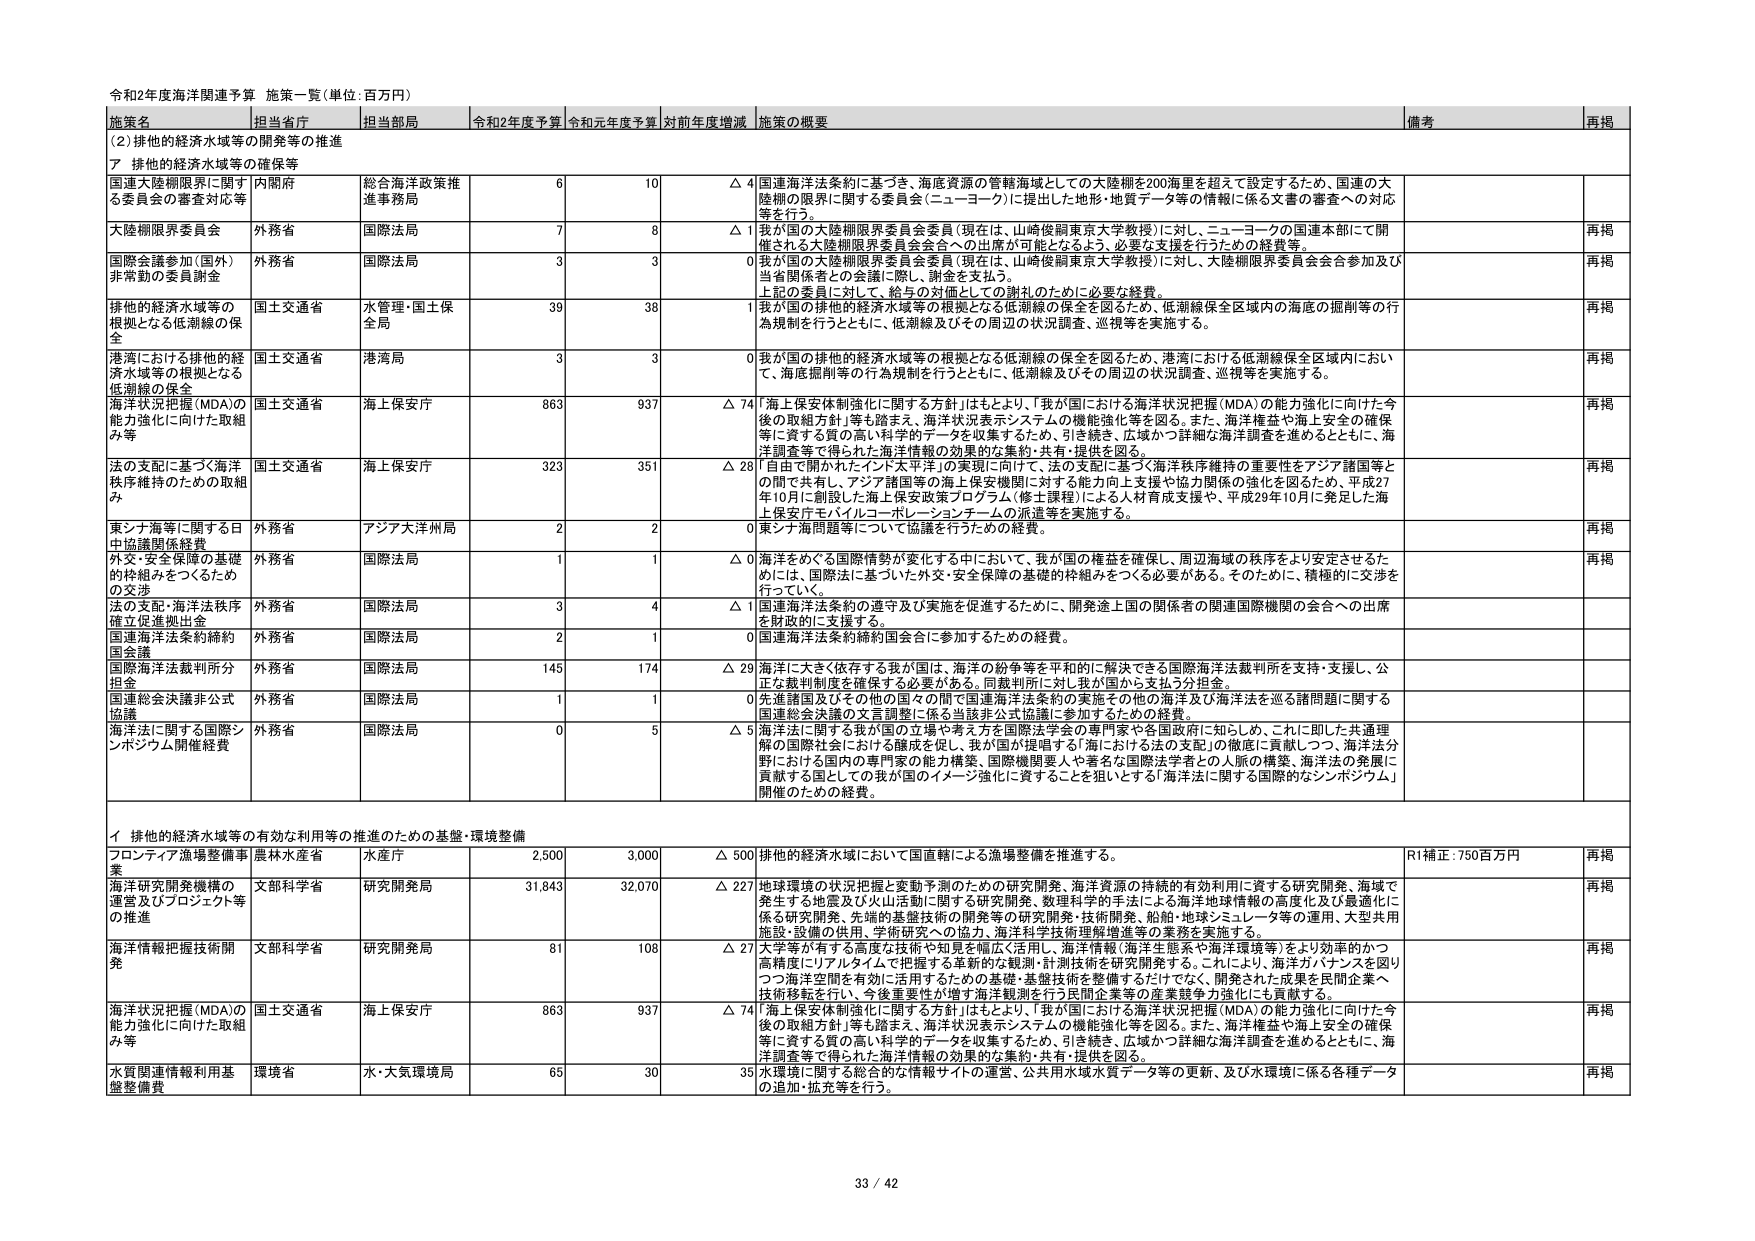
令和2年度海洋関連予算 施策一覧（単位：百万円）

施策名 担当省庁 担当部局 令和2年度予算 令和元年度予算 対前年度増減 施策の概要 備考 再掲

(2) 排他的経済水域等の開発等の推進

ア 排他的経済水域等の確保等

国連大陸棚限界に関する委員会の審査対応等 内閣府 総合海洋政策推進事務局 6 10 △ 4 国連海洋法条約に基づき、海底資源の管轄海域としての大陸棚を200海里を超えて設定するため、国連の大陸棚の限界に関する委員会（ニューヨーク）に提出した地形・地質データ等の情報に係る文書の審査への対応等を行う。

大陸棚限界委員会 外務省 国際法局 7 8 △ 1 「我が国の大陸棚限界委員会委員（現在は、山崎俊嗣東京大学教授）に対し、ニューヨークの国連本部にて開催される大陸棚限界委員会全会への出席が可能となるよう、必要な支援を行うための経費等。

国際会議参加（国外）非常勤の委員謝金 外務省 国際法局 3 3 0 我が国の大陸棚限界委員会委員（現在は、山崎俊嗣東京大学教授）に対し、大陸棚限界委員会全会参加及び当省関係者との会議に際し、謝金を支払う。 上記の委員に対して、給与の対価としての謝礼のために必要な経費。

排他的経済水域等の根拠となる低潮線の保全 国土交通省 水管理・国土保全局 39 38 1 我が国の排他的経済水域等の根拠となる低潮線の保全を図るため、低潮線保全区域内の海底の掘削等の行為規制を行うとともに、低潮線及びその周辺の状況調査、巡視等を実施する。

港湾における排他的経済水域等の根拠となる低潮線の保全 国土交通省 港湾局 3 3 0 我が国の排他的経済水域等の根拠となる低潮線の保全を図るため、港湾における低潮線保全区域内において、海底掘削等の行為規制を行うとともに、低潮線及びその周辺の状況調査、巡視等を実施する。

海洋状況把握（MDA）の能力強化に向けた取組み等 国土交通省 海上保安庁 863 937 △ 74 「海上保安体制強化に関する方針」はもとより、「我が国における海洋状況把握（MDA）の能力強化に向けた今後の取組方針」等も踏まえ、海洋状況表示システムの機能強化等を図る。また、海洋権益や海上安全の確保等に資する質の高い科学的データを収集するため、引き続き、広域かつ詳細な海洋調査を進めるとともに、海洋調査等で得られた海洋情報の効果的な集約・共有・提供を図る。

法の支配に基づく海洋秩序維持のための取組み 国土交通省 海上保安庁 323 351 △ 28 「自由で開かれたインド太平洋」の実現に向けて、法の支配に基づく海洋秩序維持の重要性をアジア諸国等との間で共有し、アジア諸国等の海上保安機関に対する能力向上支援や協力関係の強化を図るため、平成27年10月に創設した海上保安政策プログラム（修士課程）による人材育成支援や、平成29年10月に発足した海上保安庁モバイルコーポレーションチームの派遣等を実施する。

東シナ海等に関する日中協議関係経費 外務省 アジア大洋州局 2 2 0 東シナ海問題等について協議を行うための経費。

外交・安全保障の基礎的枠組みをつくるための交渉 外務省 国際法局 1 1 △ 0 海洋をめぐる国際情勢が変化する中において、我が国の権益を確保し、周辺海域の秩序をより安定させるためには、国際法に基づいた外交・安全保障の基礎的枠組みをつくる必要がある。そのために、積極的に交渉を行う。

法の支配・海洋法秩序確立促進拠出金 外務省 国際法局 3 4 △ 1 国連海洋法条約の遵守及び実施を促進するために、開発途上国の関係者の関連国際機関の会合への出席を財政的に支援する。

国連海洋法条約締約国会議 外務省 国際法局 2 1 0 国連海洋法条約締約国会合に参加するための経費。

国際海洋法裁判所分担金 外務省 国際法局 145 174 △ 29 海洋に大きく依存する我が国は、海洋の紛争等を平和的に解決できる国際海洋法裁判所を支持・支援し、公正な裁判制度を確保する必要がある。同裁判所に対し我が国から支払う分担金。

国連総会決議非公式協議 外務省 国際法局 1 1 0 先進諸国及びその他の国々の間で国連海洋法条約の実施その他の海洋法を巡る諸問題に関する国連総会決議の文言調整に係る当該非公式協議に参加するための経費。

海洋法に関する国際シンポジウム開催経費 外務省 国際法局 0 5 △ 5 海洋法に関する我が国の立場や考え方を国際法学会の専門家や各国政府に知らしめ、これに即した共通理解の国際社会における醸成を促し、我が国が提唱する「海における法の支配」の徹底に貢献しつつ、海洋法分野における国内の専門家の能力構築、国際機関要人や著名な国際法学者との人脈の構築、海洋法の発展に貢献する国としての我が国のイメージ強化に資することを狙いとする「海洋法に関する国際的なシンポジウム」開催のための経費。

イ 排他的経済水域等の有効な利用の推進のための基盤・環境整備

フロントアイア漁場整備事業 農林水産省 水産庁 2,500 3,000 △ 500 排他的経済水域において国直轄による漁場整備を推進する。 R1補正：750百万円 再掲

海洋研究開発機構の運営及びプロジェクト等の推進 文部科学省 研究開発局 31,843 32,070 △ 227 地球環境の状況把握と変動予測のための研究開発、海洋資源の持続的有効利用に資する研究開発、海域で発生する地震及び火山活動に関する研究開発、数理科学的手法による海洋地球情報の高度化及び最適化に係る研究開発、先端的基盤技術の開発等の研究開発・技術開発、船舶・地球シミュレータ等の運用、大型共用施設・設備の供用、学術研究への協力、海洋科学技術理解増進等の業務を実施する。

海洋情報把握技術開発 文部科学省 研究開発局 81 108 △ 27 大学等が有する高度な技術や知見を幅広く活用し、海洋情報（海洋生態系や海洋環境等）をより効率的かつ高精度にリアルタイムで把握する革新的な観測・計測技術を研究開発する。これにより、海洋ガバナンスを図りつつ海洋空間を有効に活用するための基礎・基盤技術を整備するだけでなく、開発された成果を民間企業へ技術移転を行い、今後重要性が増す海洋観測を行う民間企業等の産業競争力強化にも貢献する。

海洋状況把握（MDA）の能力強化に向けた取組み等 国土交通省 海上保安庁 863 937 △ 74 「海上保安体制強化に関する方針」はもとより、「我が国における海洋状況把握（MDA）の能力強化に向けた今後の取組方針」等も踏まえ、海洋状況表示システムの機能強化等を図る。また、海洋権益や海上安全の確保等に資する質の高い科学的データを収集するため、引き続き、広域かつ詳細な海洋調査を進めるとともに、海洋調査等で得られた海洋情報の効果的な集約・共有・提供を図る。

水質関連情報利用基盤整備費 環境省 水・大気環境局 65 30 35 水環境に関する総合的な情報サイトの運営、公共用水域水質データ等の更新、及び水環境に係る各種データの追加・拡充等を行う。

33 / 42